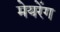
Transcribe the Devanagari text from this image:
मेयरेंग